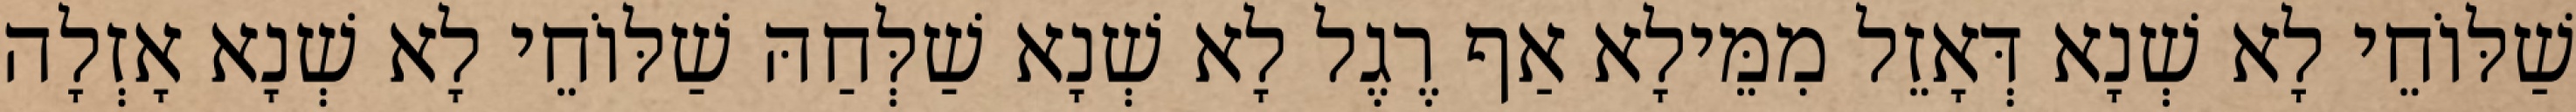
שַׁלּוֹחֵי לָא שְׁנָא דְּאָזֵל מִמֵּילָא אַף רֶגֶל לָא שְׁנָא שַׁלְּחַהּ שַׁלּוֹחֵי לָא שְׁנָא אָזְלָה